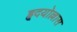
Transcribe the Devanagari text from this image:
हृदयोल्लास